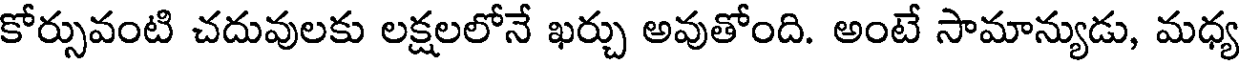
కోర్సువంటి చదువులకు లక్షలలోనే ఖర్చు అవుతోంది. అంటే సామాన్యుడు, మధ్య